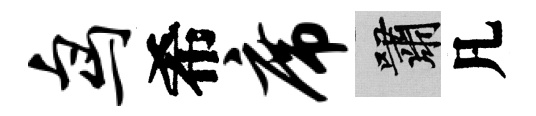
鸟希席嘯凡